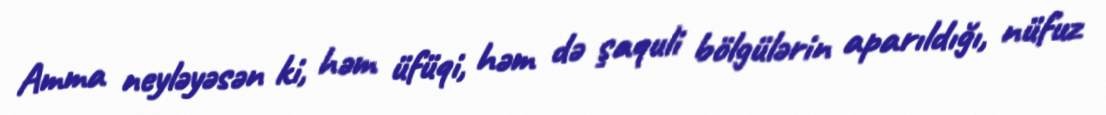
Amma neyləyəsən ki, həm üfüqi, həm də şaquli bölgülərin aparıldığı, nüfuz